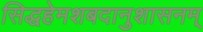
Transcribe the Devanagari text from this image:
सिद्धहेमशबदानुशासनम्